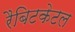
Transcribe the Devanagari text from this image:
रैबिटकेटल